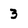
Character: 3